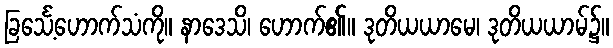
ခြင်္သေ့ဟောက်သံကို။ နာဒေသိ၊ ဟောက်၏။ ဒုတိယယာမေ၊ ဒုတိယယာမ်၌။